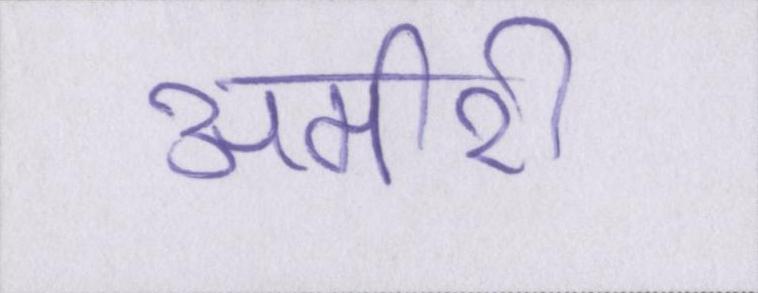
अमीरी